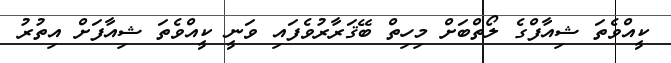
ކީއްވެތަ ޝިއާފްގެ ލޯތްބަށް މިހިތް ބޭޤަރާރުވެފައި ވަނީ ކީއްވެތަ ޝިއާފަށް އިތުރު